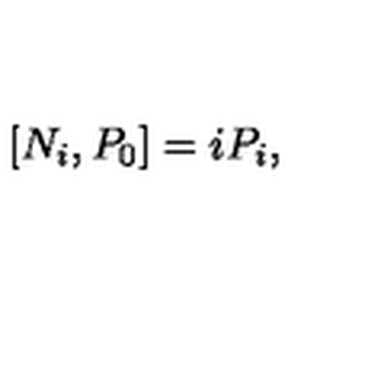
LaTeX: \left[ N _ { i } , P _ { 0 } \right] = i P _ { i } ,